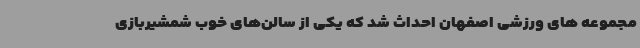
مجموعه های ورزشی اصفهان احداث شد که یکی از سالن‌های خوب شمشیربازی